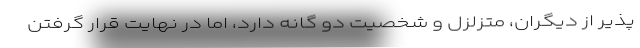
پذیر از دیگران، متزلزل و شخصیت دو گانه دارد، اما در نهایت قرار گرفتن